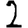
Digit: 2